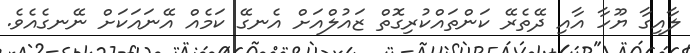
ލާއިގާ ޔޫހާ އާއި ދޭތެރޭ ކަންތައްކުރިގޮތް ޒައުލްއަށް އެނގޭ ކަމެއް އޭނައަކަށް ނޭނގެއެވެ.